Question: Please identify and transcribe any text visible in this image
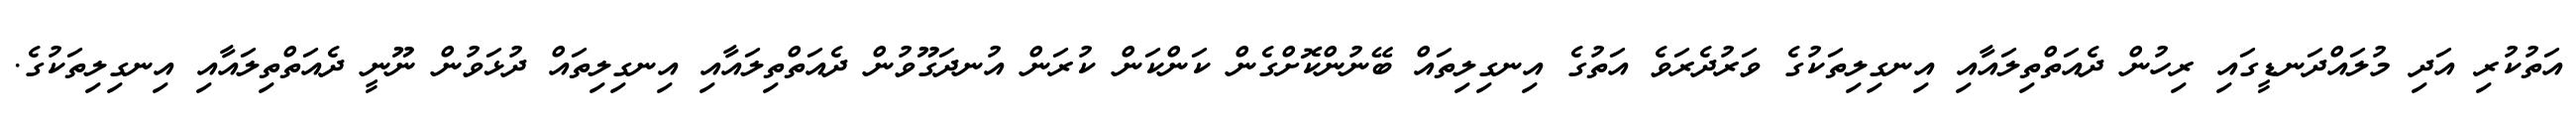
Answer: އަތުކުރި އަދި މުލައްދަނޑީގައި ރިހުން ދެއަތްތިލައާއި އިނގިލިތަކުގެ ވަރުދެރަވެ އަތުގެ އިނގިލިތައް ބޭނުންކޮށްގެން ކަންކަން ކުރަން އުނދަގޫވުން ދެއަތްތިލައާއި އިނގިލިތައް ދުޅަވުން ނޫނީ ދެއަތްތިލައާއި އިނގިލިތަކުގެ.